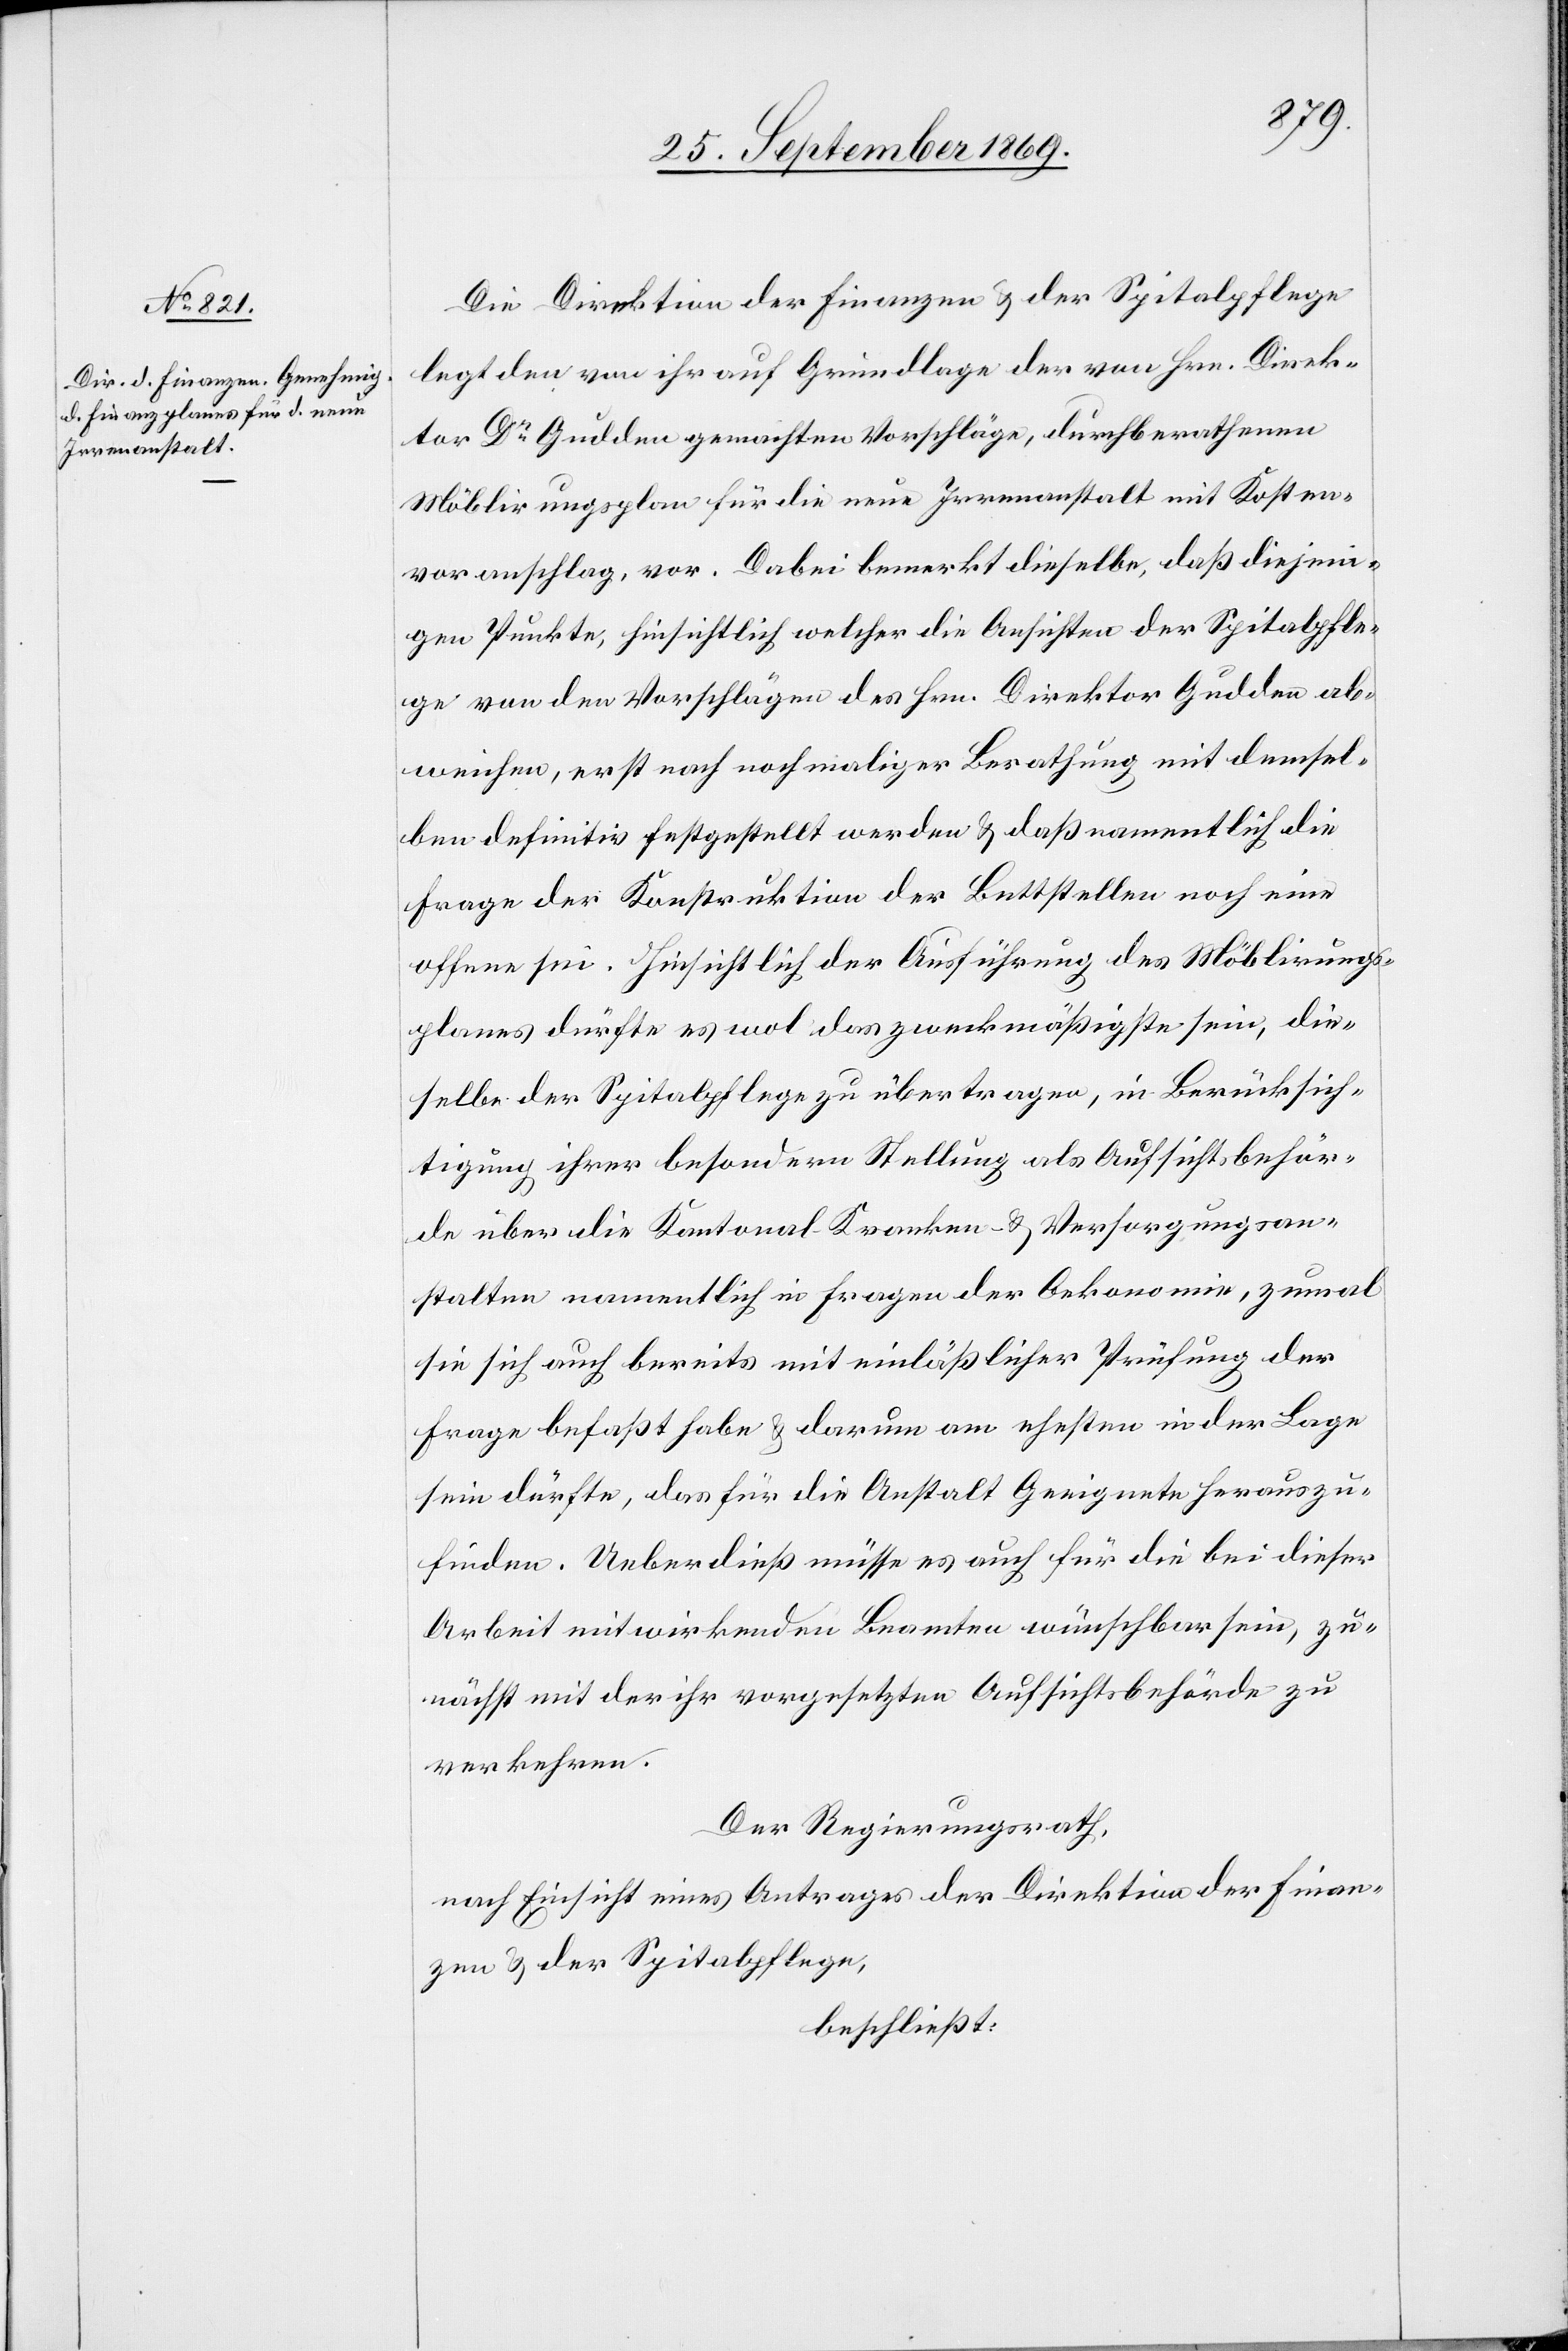
Die Direktion der Finanzen & der Spitalpflege
legt den von ihr auf Grundlage der von Hrn. Direk¬
tor Dr Gudden gemachten Vorschläge, durchberathenen
Möblirungsplan für die neue Irrenanstalt mit Kosten¬
voranschlag, vor. Dabei bemerkt dieselbe, daß diejeni¬
gen Punkte, hinsichtlich welcher die Ansichten der Spitalpfle¬
ge von den Vorschlägen des Hrn. Direktor Gudden ab¬
weichen, erst nach nochmaliger Berathung mit demsel¬
ben definitiv festgestellt werden & daß namentlich die
Frage der Konstruktion der Bettstellen noch eine
offene sei. Hinsichtlich der Ausführung des Möblirungs¬
planes dürfte es wol das zweckmäßigste sein, die¬
selbe der Spitalpflege zu übertragen, in Berücksich¬
tigung ihrer besondern Stellung als Aufsichtsbehör¬
de über die Kantonal- Kranken- & Versorgungsan¬
stalten namentlich in Fragen der Oekonomie, zumal
sie sich auch bereits mit einläßlicher Prüfung der
Frage befaßt habe & darum am ehesten in der Lage
sein dürfte, das für die Anstalt Geeignete herauszu¬
finden. Ueberdieß müsse es auch für die bei dieser
Arbeit mitwirkenden Beamten wünschbar sein, zu¬
nächst mit der ihr vorgesetzten Aufsichtsbehörde zu
verkehren.
Der Regierungsrath,
nach Einsicht eines Antrages der Direktion der Finan¬
zen & der Spitalpflege,
beschließt: